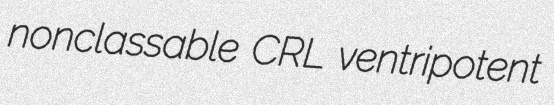
nonclassable CRL ventripotent